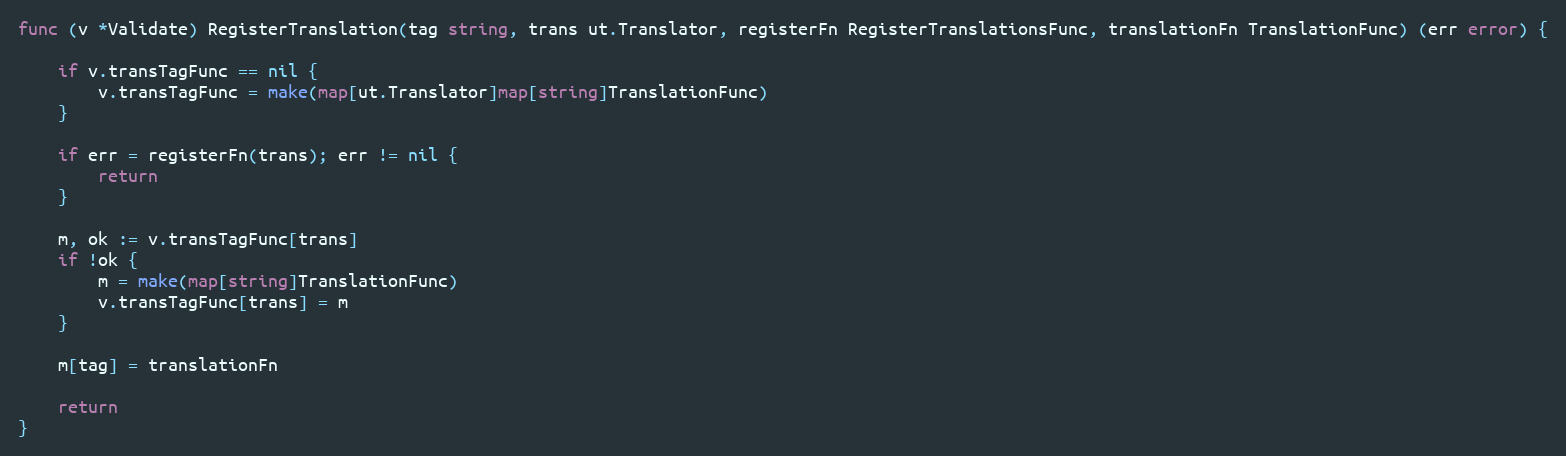
Language: Go
func (v *Validate) RegisterTranslation(tag string, trans ut.Translator, registerFn RegisterTranslationsFunc, translationFn TranslationFunc) (err error) {

	if v.transTagFunc == nil {
		v.transTagFunc = make(map[ut.Translator]map[string]TranslationFunc)
	}

	if err = registerFn(trans); err != nil {
		return
	}

	m, ok := v.transTagFunc[trans]
	if !ok {
		m = make(map[string]TranslationFunc)
		v.transTagFunc[trans] = m
	}

	m[tag] = translationFn

	return
}